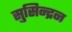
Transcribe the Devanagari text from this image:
सुसिन्द्रन